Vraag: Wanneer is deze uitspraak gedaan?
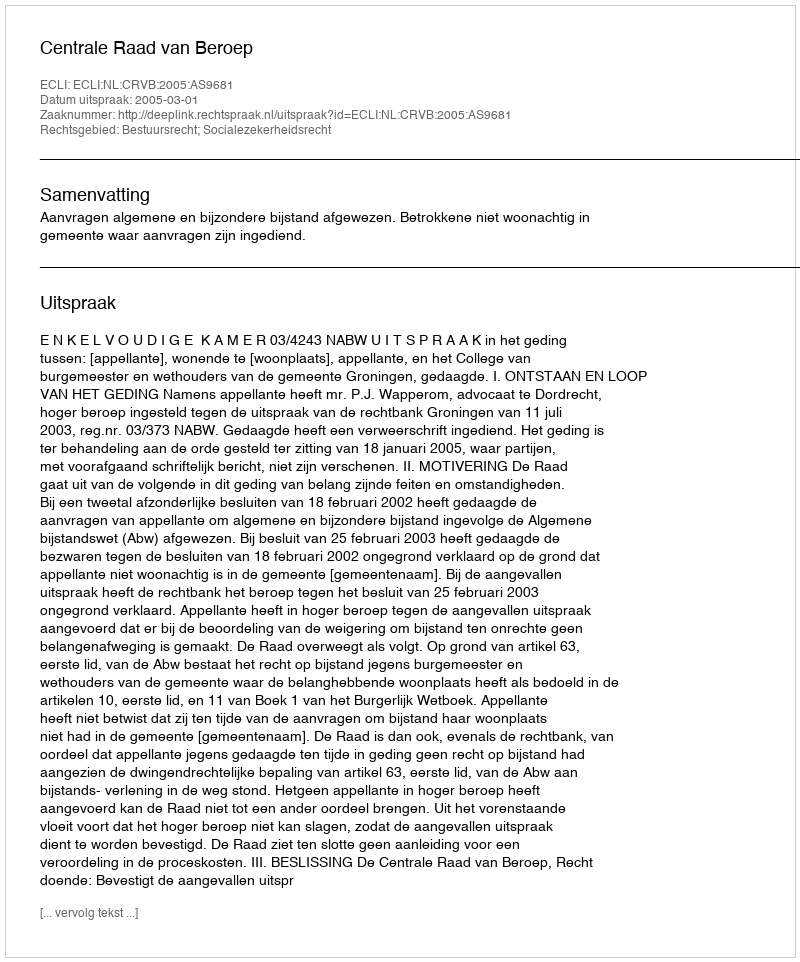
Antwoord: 2005-03-01